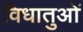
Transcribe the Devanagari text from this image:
विधातुओं